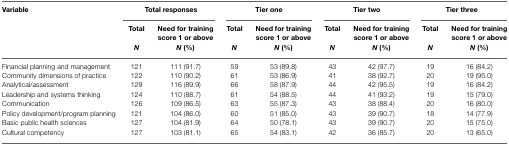
<table><thead><tr><td><b>Variable</b></td><td colspan="2"><b>Total responses</b></td><td colspan="2"><b>Tier one</b></td><td colspan="2"><b>Tier two</b></td><td colspan="2"><b>Tier three</b></td></tr><tr><td></td><td><b>Total</b></td><td><b>Need for training score 1 or above</b></td><td><b>Total</b></td><td><b>Need for training score 1 or above</b></td><td><b>Total</b></td><td><b>Need for training score 1 or above</b></td><td><b>Total</b></td><td><b>Need for training score 1 or above</b></td></tr><tr><td></td><td><b><i>N</i></b></td><td><b><i>N</i> (%)</b></td><td><b><i>N</i></b></td><td><b><i>N</i> (%)</b></td><td><b><i>N</i></b></td><td><b><i>N</i> (%)</b></td><td><b><i>N</i></b></td><td><b><i>N</i> (%)</b></td></tr></thead><tbody><tr><td>Financial planning and management</td><td>121</td><td>111 (91.7)</td><td>59</td><td>53 (89.8)</td><td>43</td><td>42 (97.7)</td><td>19</td><td>16 (84.2)</td></tr><tr><td>Community dimensions of practice</td><td>122</td><td>110 (90.2)</td><td>61</td><td>53 (86.9)</td><td>41</td><td>38 (92.7)</td><td>20</td><td>19 (95.0)</td></tr><tr><td>Analytical/assessment</td><td>129</td><td>116 (89.9)</td><td>66</td><td>58 (87.9)</td><td>44</td><td>42 (95.5)</td><td>19</td><td>16 (84.2)</td></tr><tr><td>Leadership and systems thinking</td><td>124</td><td>110 (88.7)</td><td>61</td><td>54 (88.5)</td><td>44</td><td>41 (93.2)</td><td>19</td><td>15 (79.0)</td></tr><tr><td>Communication</td><td>126</td><td>109 (86.5)</td><td>63</td><td>55 (87.3)</td><td>43</td><td>38 (88.4)</td><td>20</td><td>16 (80.0)</td></tr><tr><td>Policy development/program planning</td><td>121</td><td>104 (86.0)</td><td>60</td><td>51 (85.0)</td><td>43</td><td>39 (90.7)</td><td>18</td><td>14 (77.9)</td></tr><tr><td>Basic public health sciences</td><td>127</td><td>104 (81.9)</td><td>64</td><td>50 (78.1)</td><td>43</td><td>39 (90.7)</td><td>20</td><td>15 (75.0)</td></tr><tr><td>Cultural competency</td><td>127</td><td>103 (81.1)</td><td>65</td><td>54 (83.1)</td><td>42</td><td>36 (85.7)</td><td>20</td><td>13 (65.0)</td></tr></tbody></table>